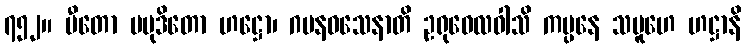
၇၅၂။ ပီတော ပမုဒိတော ဟဋ္ဌော၊ ဂမနဝသေနာတိ ဥရုဝေလဝါသိ ကမ္ပနေ သမူဟေ ဟဋ္ဌာနိ